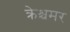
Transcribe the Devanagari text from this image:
क्रेश्चमर